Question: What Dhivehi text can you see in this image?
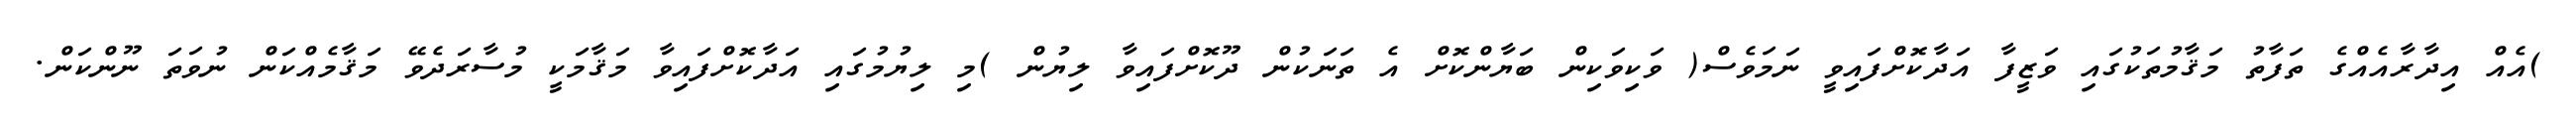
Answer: )އެއް އިދާރާއެއްގެ ތަފާތު މަޤާމުތަކުގައި ވަޒީފާ އަދާކޮށްފައިވީ ނަމަވެސް( ވަކިވަކިން ބަޔާންކޮށް އެ ތަނަކުން ދޫކޮށްފައިވާ ލިޔުން )މި ލިޔުމުގައި އަދާކޮށްފައިވާ މަޤާމަކީ މުސާރަދެވޭ މަޤާމެއްކަން ނުވަތަ ނޫންކަން.